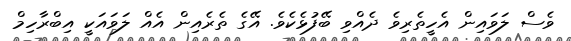
ވެސް ލަވައިން އެހީތެރިވެ ދެއްވި ބޭފުޅެކެވެ. އޭގެ ތެރެއިން އެއް ލަވައަކީ އިބްރާހިމް